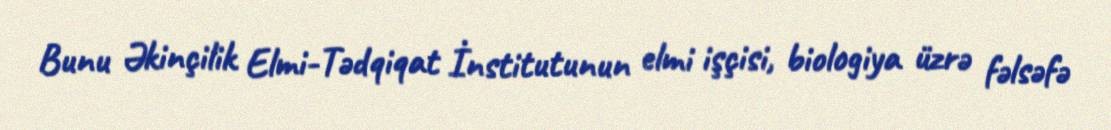
Bunu Əkinçilik Elmi-Tədqiqat İnstitutunun elmi işçisi, biologiya üzrə fəlsəfə